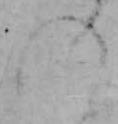
の